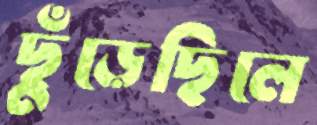
ছুঁড়েছিলে